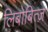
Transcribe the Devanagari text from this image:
लिबोबित्ज़